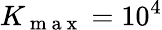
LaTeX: K_{\mathrm{~m~a~x~}}=10^{4}